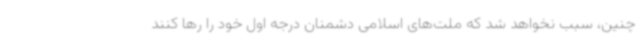
چنین، سبب نخواهد شد که ملت‌های اسلامی دشمنان درجه اول خود را رها کنند